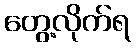
တွေ့လိုက်ရ